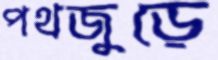
পথজুড়ে